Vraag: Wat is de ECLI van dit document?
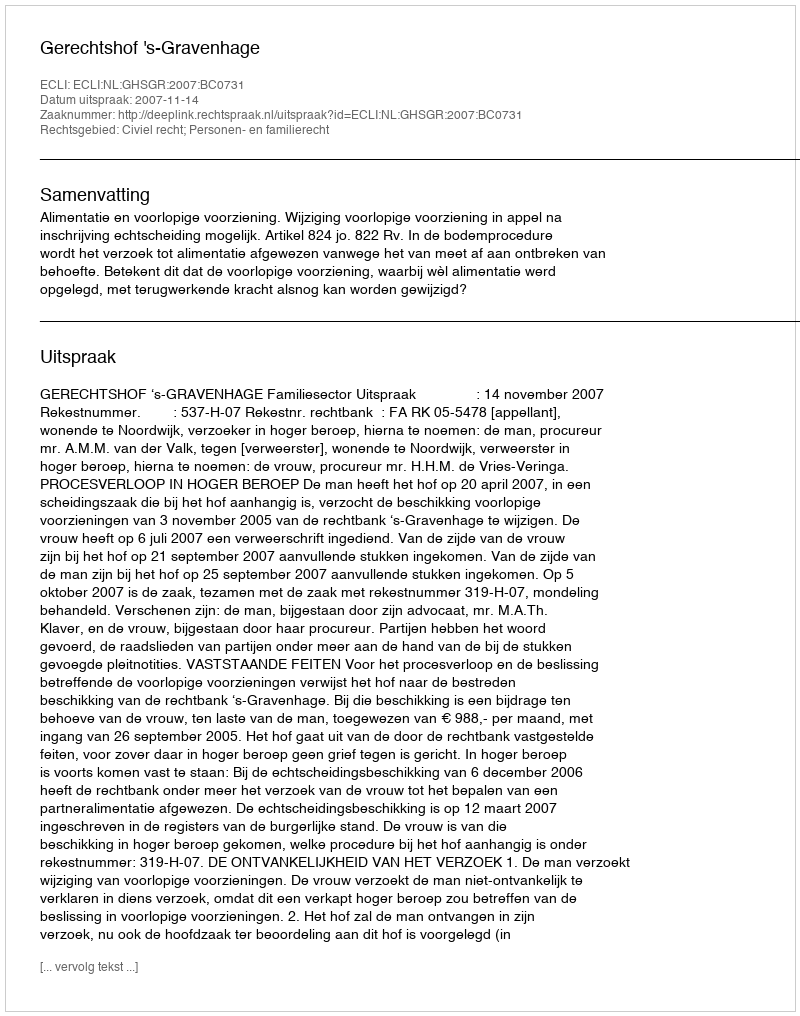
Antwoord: ECLI:NL:GHSGR:2007:BC0731